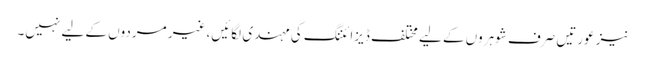
نیز عورتیں صرف شوہروں کے لیے مختلف ڈیزائننگ کی مہندی لگائیں، غیر مردوں کے لیے نہیں۔